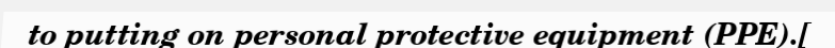
to putting on personal protective equipment (PPE).[